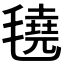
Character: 𬇆